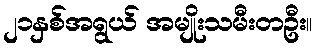
၂၁နှစ်အရွယ် အမျိုးသမီးတဦး။